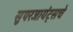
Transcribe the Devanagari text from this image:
सुपरजायंट्सचे